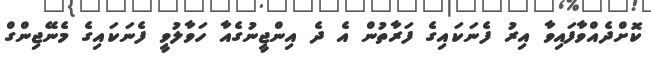
ކޮށްދެއްވާފައިވާ އިރު ފެނަކައިގެ ފަރާތުން އެ ދެ އިންޖީނުގެއާ ހަވާލުވީ ފެނަކައިގެ މެނޭޖިންގް